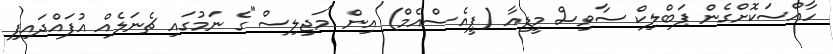
ހާއްސަކޮށްގެން ޕަބްލިކް ސާވިސް މީޑިއާ (ޕީއެސްއެމް) އިން "މަޖިލިސް"ގެ ނަމުގައި ޗެނަލެއް އުފައްދައިފި